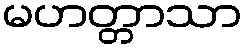
မဟတ္တာသာ